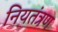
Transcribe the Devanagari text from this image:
नियतंत्रण